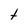
Character: t